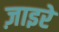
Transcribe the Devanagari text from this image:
ज़ाइरे